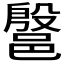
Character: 𰻷